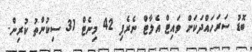
ބޮޑު ސަރަހައްދަކަށް ވައިޓް އެލާޓް ނެރެފި 42 މިނެޓް 31 ސިކުންތު ކުރިން.